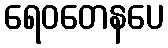
ရေဝတေနပေ